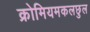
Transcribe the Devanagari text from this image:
क्रोमियमकलछुल